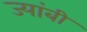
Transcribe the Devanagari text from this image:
ज्यांबी